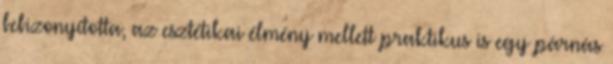
bebizonyította, az esztétikai élmény mellett praktikus is egy párnás